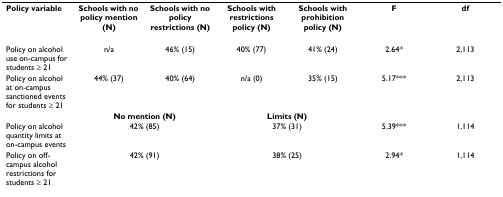
| Policy variable | Schools with no policy mention (N) | Schools with no policy restrictions (N) | Schools with restrictions policy (N) | Schools with prohibition policy (N) | F | df |
 | --- | --- | --- | --- | --- | --- | --- |
 | Policy on alcohol use on-campus for students ≥ 21 | n/a | 46% (15) | 40% (77) | 41% (24) | 2.64* | 2,113 |
 | Policy on alcohol at on-campus sanctioned events for students ≥ 21 | 44% (37) | 40% (64) | n/a (0) | 35% (15) | 5.17*** | 2,113 |
 |  | <COLSPAN=2> No mention (N) | <COLSPAN=2> Limits (N) |  |  |
 | Policy on alcohol quantity limits at on-campus events | <COLSPAN=2> 42% (85) | <COLSPAN=2> 37% (31) | 5.39*** | 1,114 |
 | Policy on off-campus alcohol restrictions for students ≥ 21 | <COLSPAN=2> 42% (91) | <COLSPAN=2> 38% (25) | 2.94* | 1,114 |